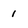
Character: 1